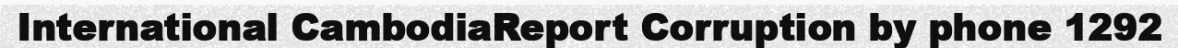
International CambodiaReport Corruption by phone 1292